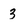
Character: 3